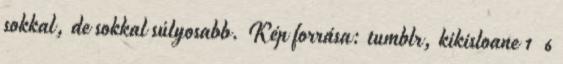
sokkal, de sokkal súlyosabb. Kép forrása: tumblr, kikisloane 1 6